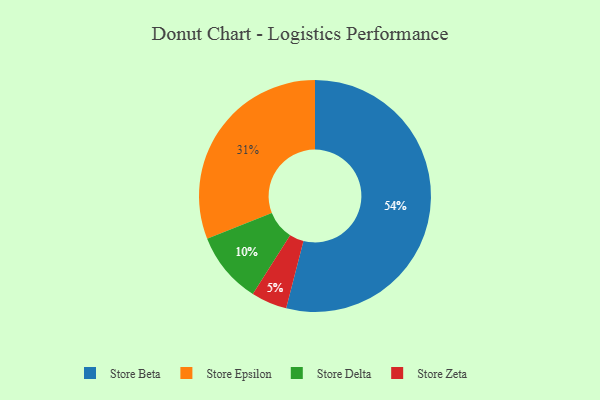
{"axis": {"x": "Category", "y": "Percentage"}, "legend": ["Store Beta", "Store Delta", "Store Epsilon", "Store Zeta"], "data": [{"x": "Store Epsilon", "y": 31, "type": "Store Epsilon"}, {"x": "Store Beta", "y": 54, "type": "Store Beta"}, {"x": "Store Zeta", "y": 5, "type": "Store Zeta"}, {"x": "Store Delta", "y": 10, "type": "Store Delta"}]}